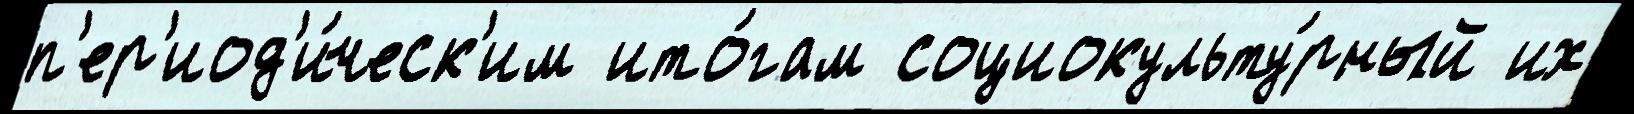
п'ер'иод'и́ческ'им ито́гам социокульту́рный их